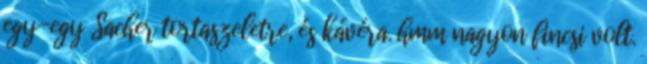
egy-egy Sacher tortaszeletre, és kávéra. hmm nagyon fincsi volt.